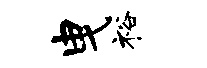
曳裕